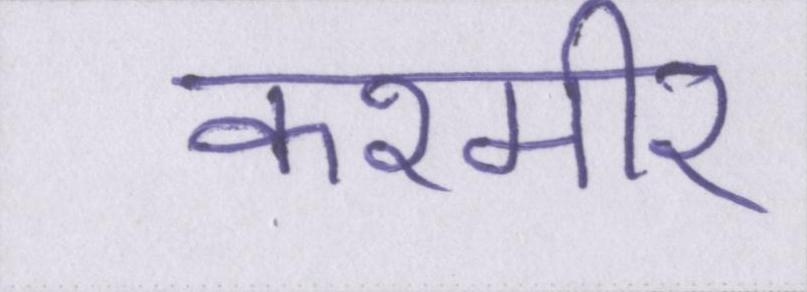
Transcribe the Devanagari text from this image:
कश्मीर